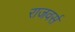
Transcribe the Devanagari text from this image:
राजवर्स